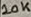
Text: 10K